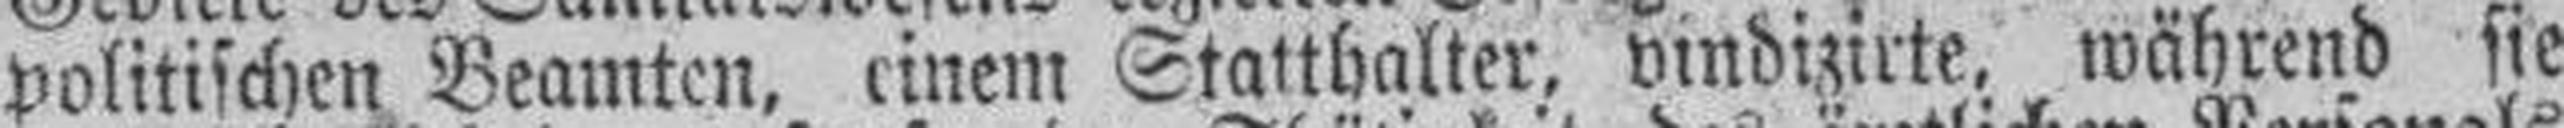
politischen Beamten, einem Statthalter, vindizirte, während sie